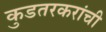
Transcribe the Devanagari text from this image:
कुडतरकरांची